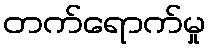
တက်ရောက်မှု